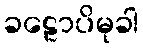
ခဠောပိမုခါ